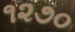
૧૨૭૦